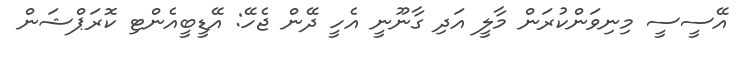
އޭސީސީ މިނިވަންކުރަން މާލީ އަދި ގާނޫނީ އެހީ ދޭން ޖެހޭ: އޭޑީބީއެންޓި ކޮރަޕްޝަން